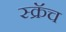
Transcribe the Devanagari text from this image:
स्क्रॅच